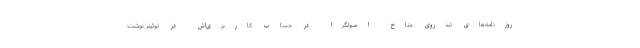
روزنامه‌های تندروی جناح اصولگرا در حساب کاربری‌اش در توئیتر نوشت: